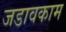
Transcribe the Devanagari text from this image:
जडावकाम